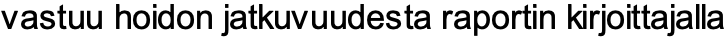
vastuu hoidon jatkuvuudesta raportin kirjoittajalla